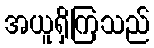
အယူရှိကြသည်